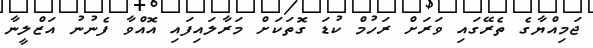
ޖަމިއްޔާގެ ތެރޭގައި ވަރަށް ރަހުމް ކުޑަ ގޮތަކަށް މަރާލައިފައި އޮއްވާ ފެނުނު އަޒްލީނާ